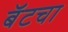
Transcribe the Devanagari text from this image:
बॅटचा